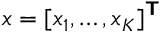
\boldsymbol { x } = [ x _ { 1 } , \ldots , x _ { K } ] ^ { \boldsymbol { \mathsf { T } } }